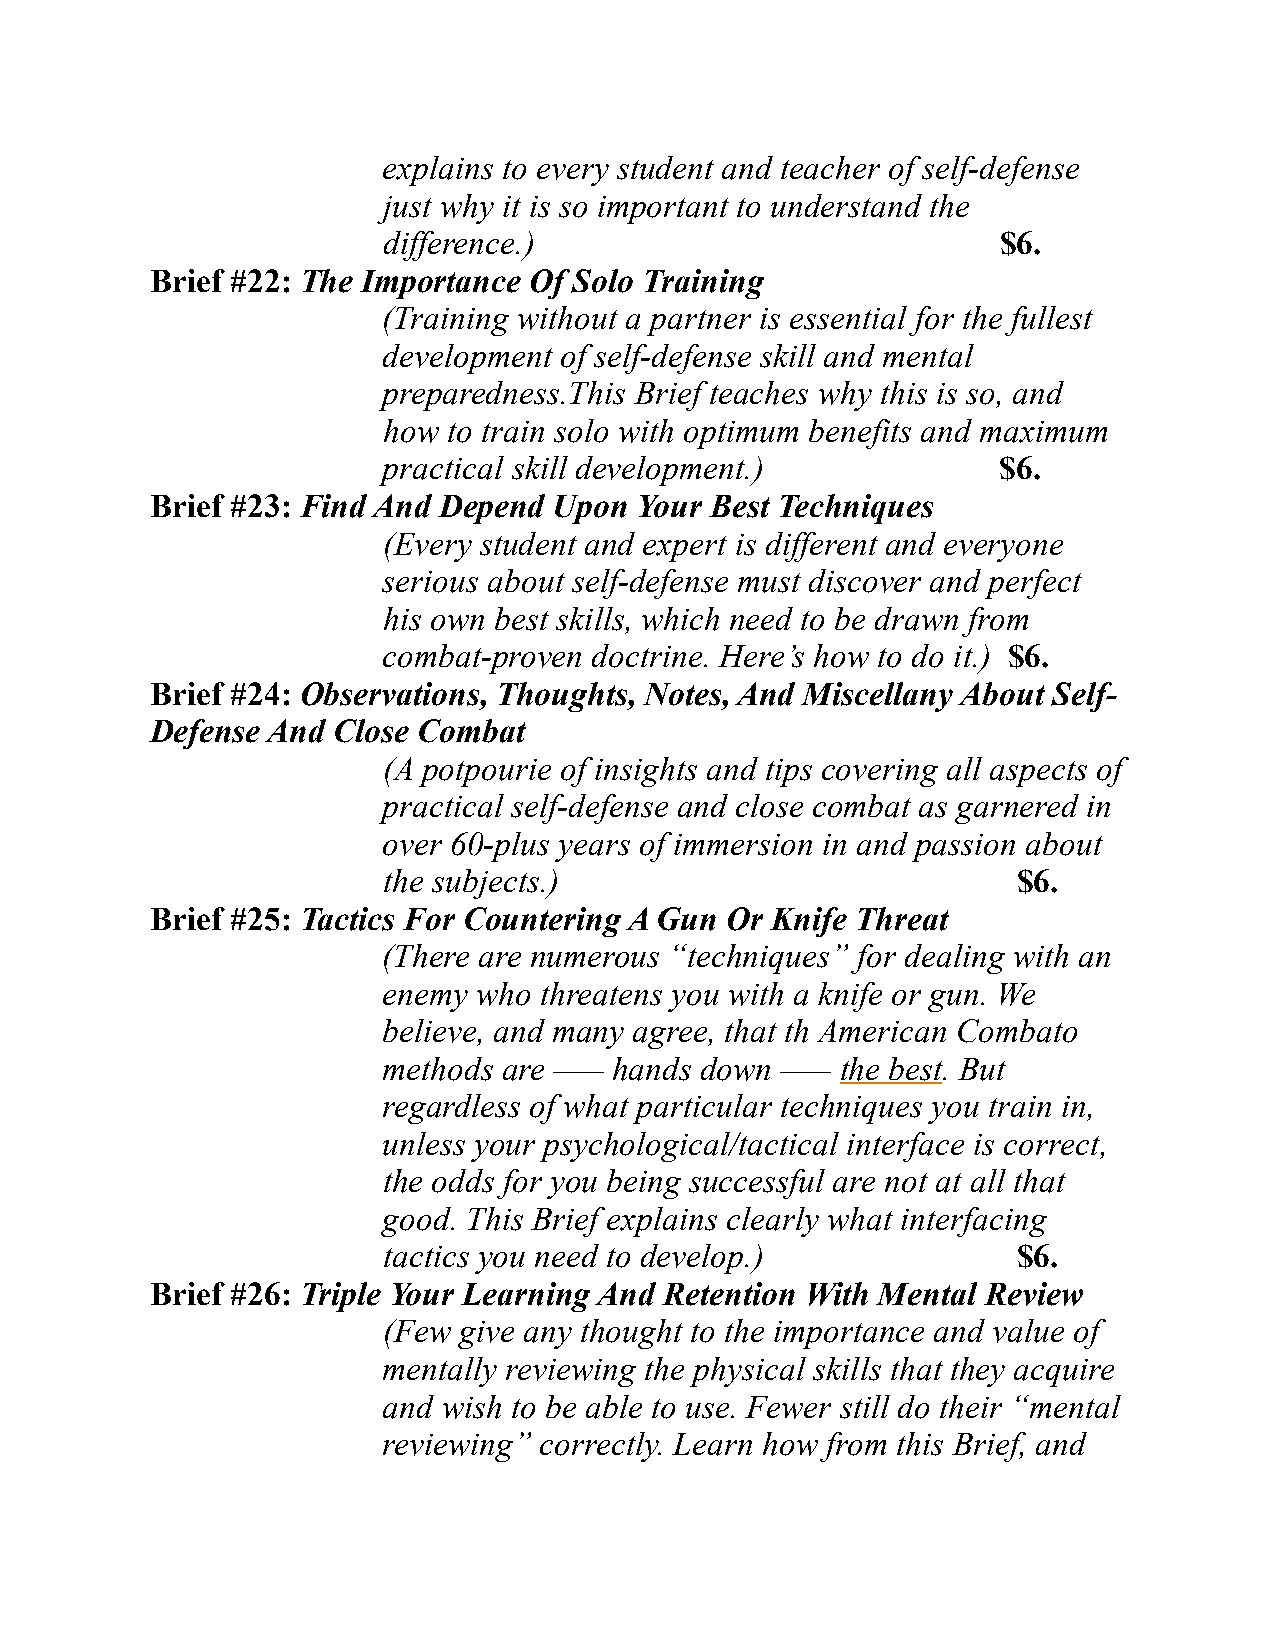
explains to every student and teacher of self-defense
 just why it is so important to understand the
 difference.)                             $6.
 Brief #22: The Importance Of Solo Training
 (Training without a partner is essential for the fullest
 development of self-defense skill and mental
 preparedness.This Brief teaches why this is so, and
 how  to train solo with optimum benefits and maximum
 practical skill development.)            $6.
 Brief #23: Find And Depend Upon Your Best Techniques
 (Every student and expert is different and everyone
 serious about self-defense must discover and perfect
 his own best skills, which need to be drawn from
 combat-proven doctrine. Here’s how to do it.) $6.
 Brief #24: Observations, Thoughts, Notes, And Miscellany About Self-
 Defense And Close Combat
 (A potpourie of insights and tips covering all aspects of
 practical self-defense and close combat as garnered in
 over 60-plus years of immersion in and passion about
 the subjects.)                            $6.
 Brief #25: Tactics For Countering A Gun Or Knife Threat
 (There are numerous “techniques” for dealing with an
 enemy  who threatens you with a knife or gun. We
 believe, and many agree, that th American Combato
 methods are ––– hands down ––– the best. But
 regardless of what particular techniques you train in,
 unless your psychological/tactical interface is correct,
 the odds for you being successful are not at all that
 good. This Brief explains clearly what interfacing
 tactics you need to develop.)             $6.
 Brief #26: Triple Your Learning And Retention With Mental Review
 (Few give any thought to the importance and value of
 mentally reviewing the physical skills that they acquire
 and wish to be able to use. Fewer still do their “mental
 reviewing” correctly. Learn how from this Brief, and